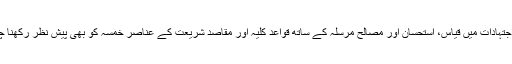
فقہی اجتہادات میں قیاس، استحسان اور مصالح مرسلہ کے ساتھ قواعد کلیہ اور مقاصد شریعت کے عناصر خمسہ کو بھی پیش نظر رکھنا چاہیے۔